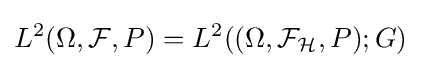
L^{2}(\Omega ,{\mathcal {F}},P)=L^{2}((\Omega ,{\mathcal {F}}_{\mathcal {H}},P);G)